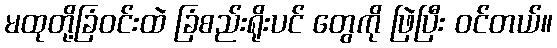
မထုတို့ခြံဝင်းထဲ ခြံစည်းရိုးပင် တွေကို ဖြဲပြီး ဝင်တယ်။